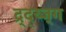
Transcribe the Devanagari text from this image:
द्र्द्य्ज्ग